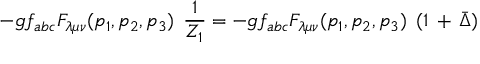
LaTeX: - g f _ { a b c } { F } _ { \lambda \mu \nu } ( p _ { 1 } , p _ { 2 } , p _ { 3 } ) \; \, \frac { 1 } { Z _ { 1 } } = - g f _ { a b c } { F } _ { \lambda \mu \nu } ( p _ { 1 } , p _ { 2 } , p _ { 3 } ) \; \, ( 1 \, + \, \bar { \Delta } )